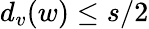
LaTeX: {d_{v}(w)\leq s/2}